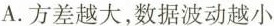
A.方差越大，数据波动越小